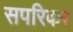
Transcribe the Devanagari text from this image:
सपरिकर